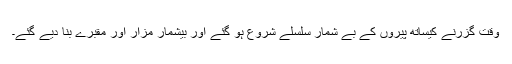
وقت گزرنے کیساتھ پیروں کے بے شمار سلسلے شروع ہو گئے اور بیشمار مزار اور مقبرے بنا دیے گئے۔